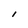
Character: I